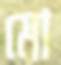
মো